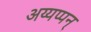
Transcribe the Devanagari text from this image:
अय्यप्पन्